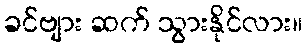
ခင်ဗျား ဆက် သွားနိုင်လား။